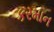
કરમાન